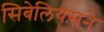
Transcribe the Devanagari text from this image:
सिबेलियसने